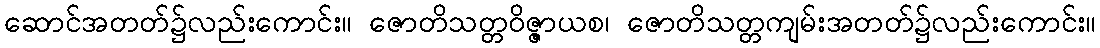
ဆောင်အတတ်၌လည်းကောင်း။ ဇောတိသတ္တဝိဇ္ဇာယစ၊ ဇောတိသတ္တကျမ်းအတတ်၌လည်းကောင်း။